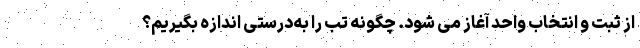
از ثبت و انتخاب واحد آغاز می شود. چگونه تب را به‌درستی اندازه بگیریم؟